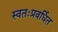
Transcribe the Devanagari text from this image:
स्वतःप्रवर्धित